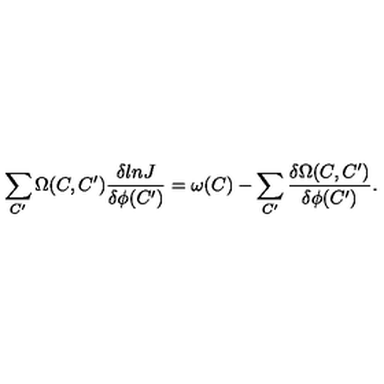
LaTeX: \sum _ { C ^ { \prime } } \Omega ( C , C ^ { \prime } ) { \frac { \delta l n J } { \delta \phi ( C ^ { \prime } ) } } = \omega ( C ) - \sum _ { C ^ { \prime } } { \frac { \delta \Omega ( C , C ^ { \prime } ) } { \delta \phi ( C ^ { \prime } ) } } .